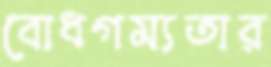
বোধগম্যতার